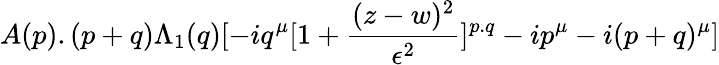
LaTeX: A(p).(p+q)\Lambda_{1}(q)[-iq^{\mu}[1+{\frac{(z-w)^{2}}{\epsilon^{2}}}]^{p.q}-ip^{\mu}-i(p+q)^{\mu}]